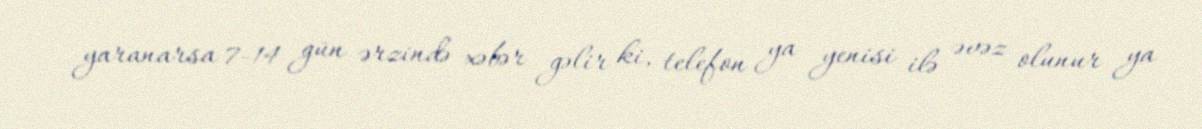
yaranarsa 7-14 gün ərzində xəbər gəlir ki, telefon ya yenisi ilə əvəz olunur ya